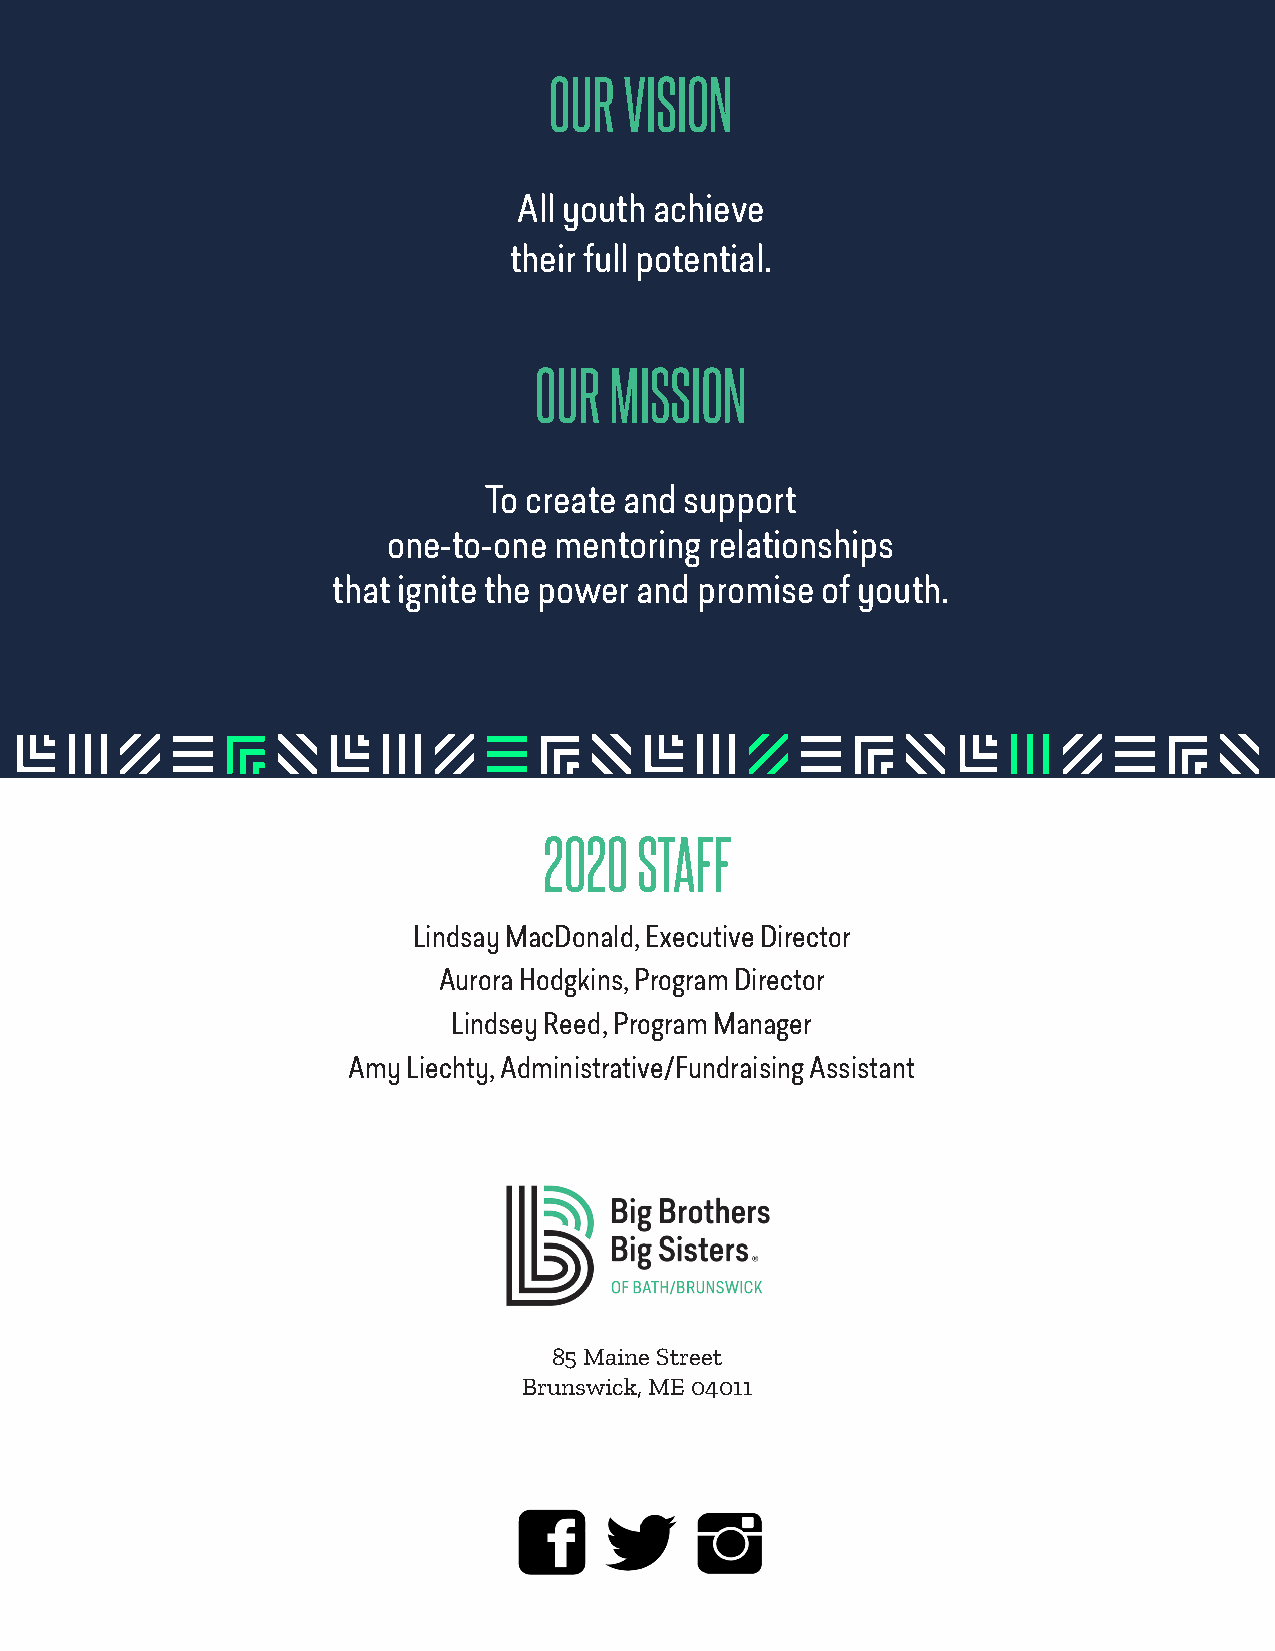
OUR  VISION
 All youth achieve
 their full potential.
 OUR  MISSION
 To create and support
 one-to-one mentoring relationships
 that ignite the power and promise of youth.
 2020  STAFF
 Lindsay MacDonald, Executive Director
 Aurora Hodgkins, Program Director
 Lindsey Reed, Program Manager
 Amy Liechty, Administrative/Fundraising Assistant
 85 Maine Street
 Brunswick, ME 04011